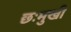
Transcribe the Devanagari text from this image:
छःमुखी